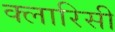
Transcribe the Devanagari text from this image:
क्लारिसी